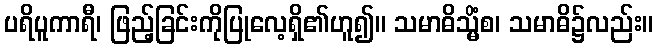
ပရိပူကာရီ၊ ဖြည့်ခြင်းကိုပြုလေ့ရှိ၏ဟူ၍။ သမာဓိသ္မိံစ၊ သမာဓိ၌လည်း။